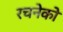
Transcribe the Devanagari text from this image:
रचनेको